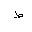
Letter: _da